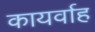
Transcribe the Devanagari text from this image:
कायर्वाह